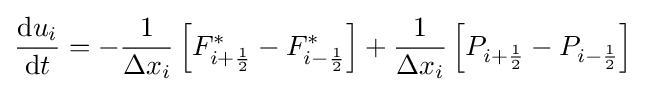
{\frac {\mathrm {d} u_{i}}{\mathrm {d} t}}=-{\frac {1}{\Delta x_{i}}}\left[F_{i+{\frac {1}{2}}}^{*}-F_{i-{\frac {1}{2}}}^{*}\right]+{\frac {1}{\Delta x_{i}}}\left[P_{i+{\frac {1}{2}}}-P_{i-{\frac {1}{2}}}\right]